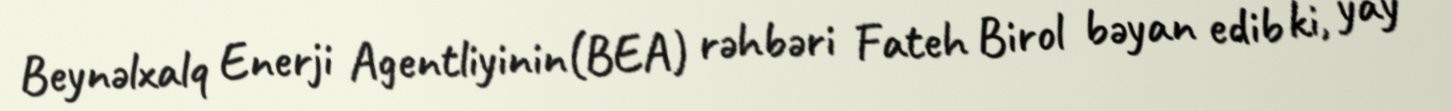
Beynəlxalq Enerji Agentliyinin(BEA) rəhbəri Fateh Birol bəyan edib ki, yay